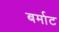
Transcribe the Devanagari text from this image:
बर्माट